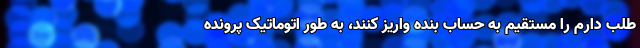
طلب دارم را مستقیم به حساب بنده واریز کنند، به طور اتوماتیک پرونده